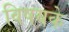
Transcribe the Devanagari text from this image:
विषयके